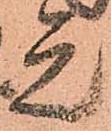
元